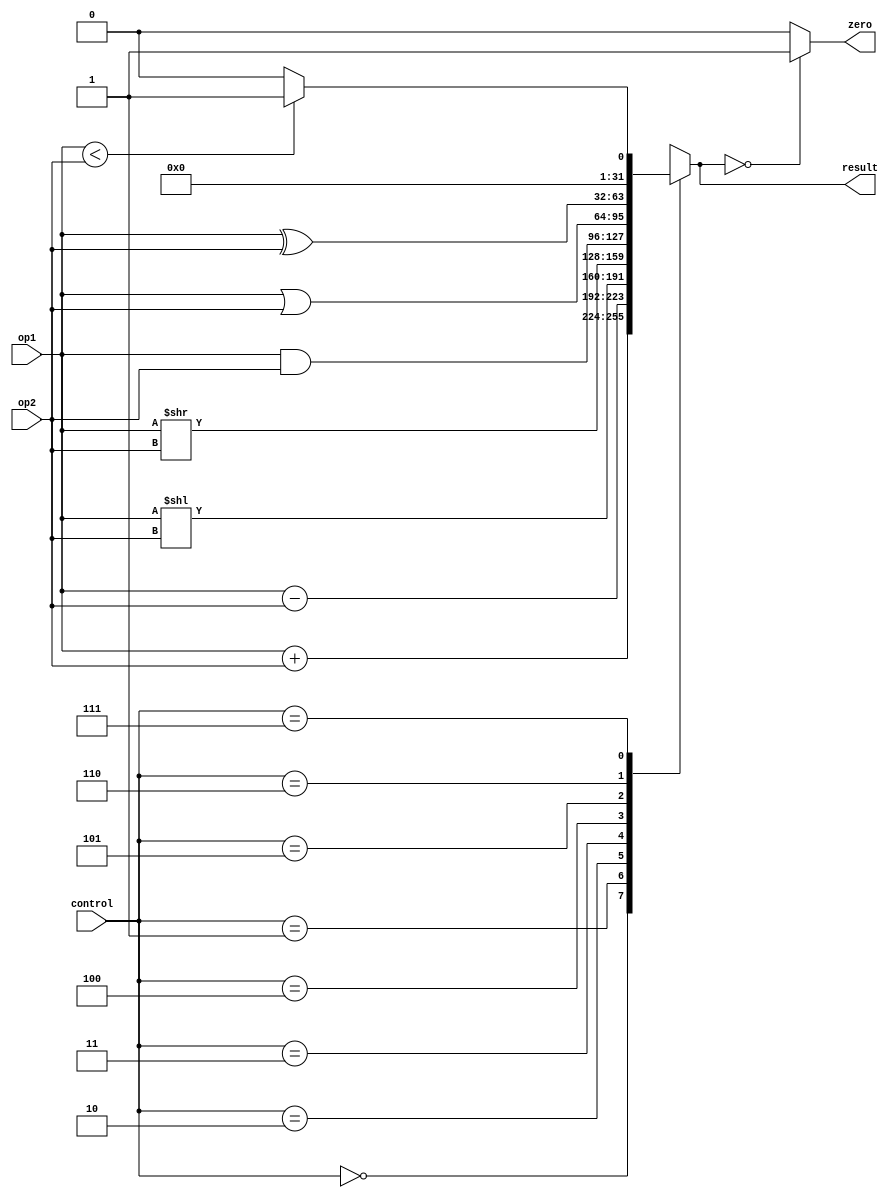
`timescale 1ns / 1ps

`define ADDI 6'b001000
`define J 6'b000010 

module alu32(
    input [31:0] op1,	
    input [31:0] op2,
    input [2:0] control,
    output reg [31:0] result,
    output zero);

initial
    result = 32'd0;

assign zero = (result == 32'd0) ? 1'b1: 1'b0;

always @(*)
    begin
        case(control)
            6'b000: // ADD
                result = op1 + op2;
            6'b001: // SUB
                result = op1 - op2;
            6'b010: // SHIFT Left
                result = op1 << op2;
			6'b011: // SHIFT Right
                result = op1 >> op2;
            6'b100: // AND
                result = op1 & op2;
            6'b101: // OR
                result = op1 | op2;
            6'b110: // XOR
                result = op1 ^ op2;
			6'b111: begin if (op1<op2) result = 32'd1; //beq
				else result = 32'd0;
				end
            default: // add
                result = op1 + op2;
            endcase
    end


endmodule